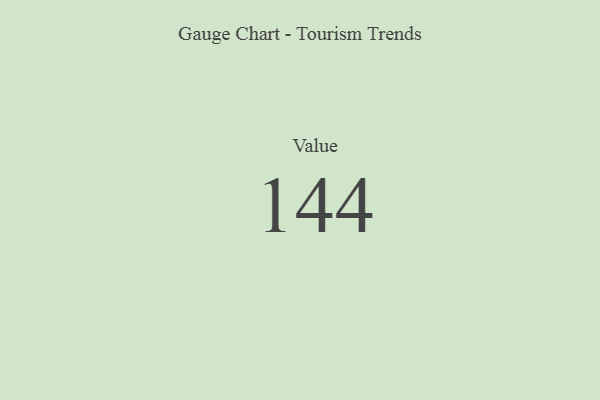
{"axis": {"x": "Metric", "y": "Value"}, "legend": [""], "data": [{"x": "Value", "y": 144, "type": ""}]}